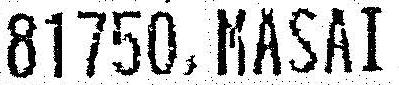
81750, MASAI